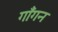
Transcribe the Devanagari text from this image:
गाँगन